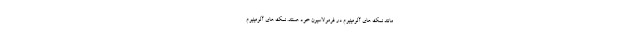
مانند نمک های آلومینیوم در فرمولاسیون خود هستند. نمک های آلومینیوم